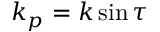
k _ { p } = k \sin \tau